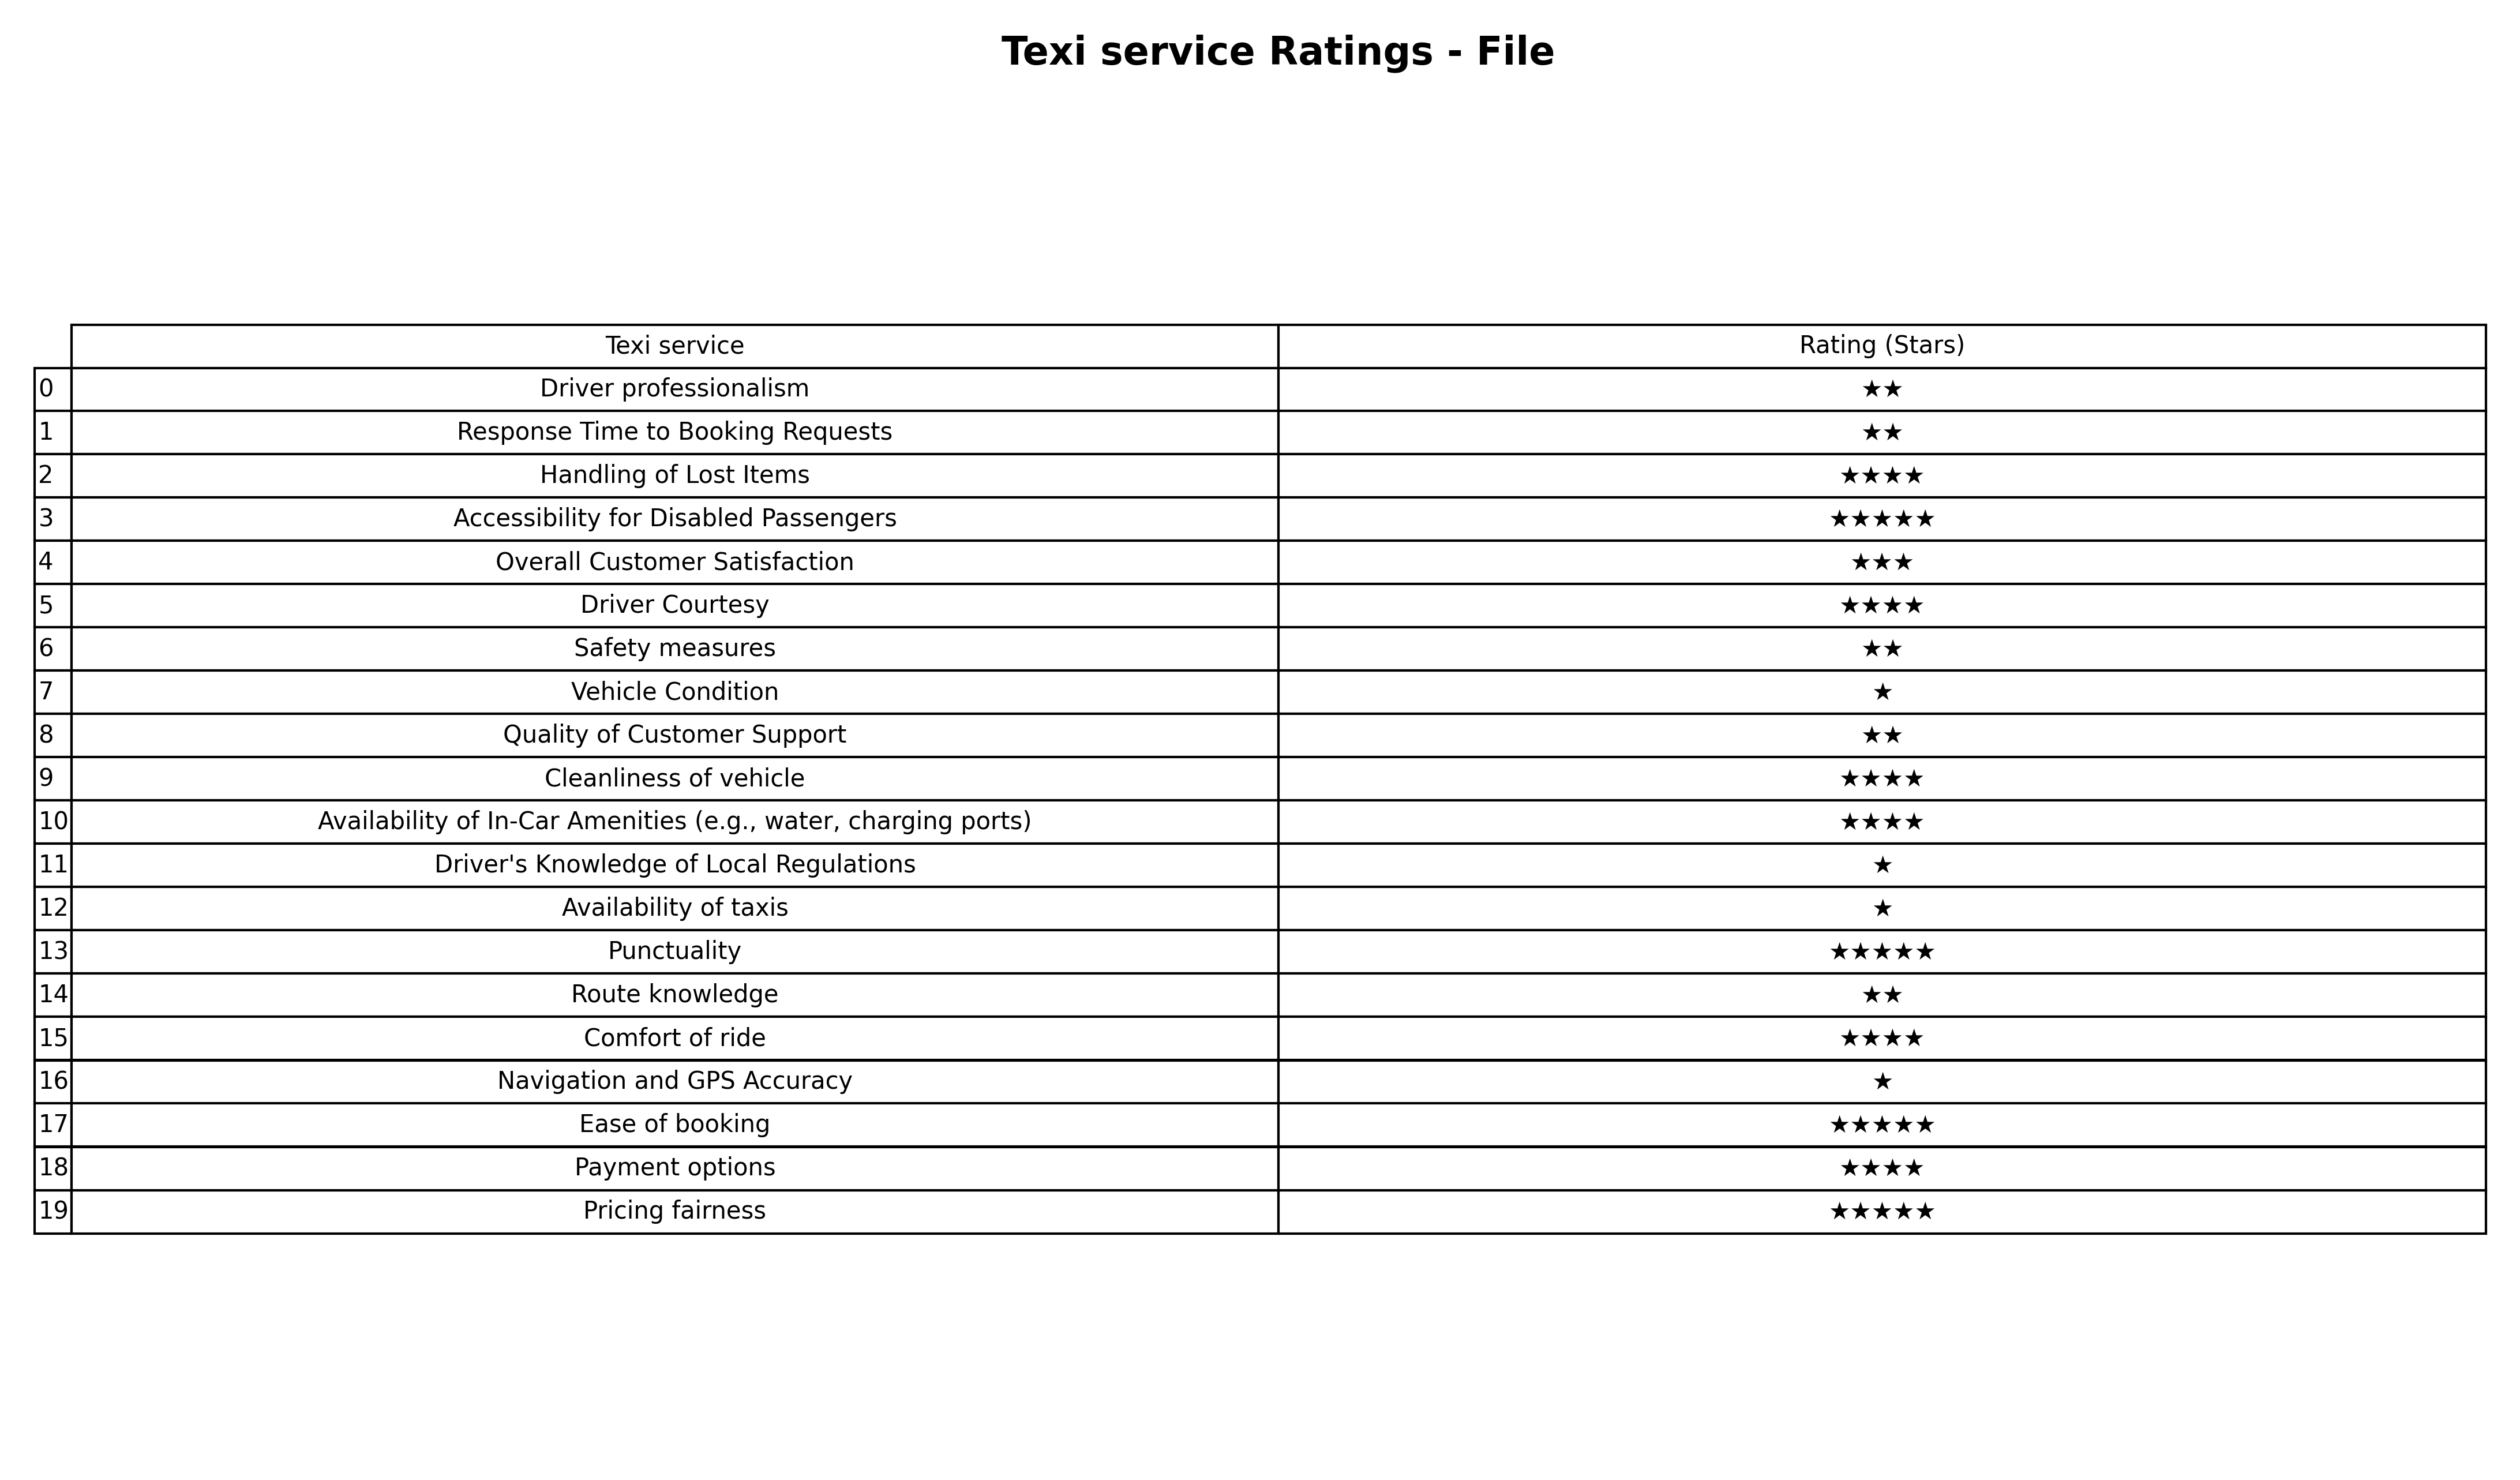
question: What are highest rating services?
answer: Handling of Lost ItemsDriver CourtesyCleanliness of vehicleAvailability of In-Car Amenities (e.g., water, charging ports)Comfort of ridePayment options